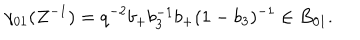
LaTeX: \gamma _ { 0 1 } ( Z ^ { - 1 } ) = q ^ { - 2 } b _ { + } b _ { 3 } ^ { - 1 } b _ { + } ( 1 - b _ { 3 } ) ^ { - 1 } \in B _ { 0 1 } .